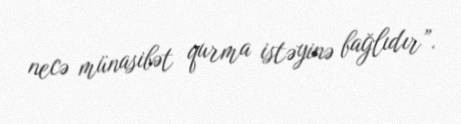
necə münasibət qurma istəyinə bağlıdır”.